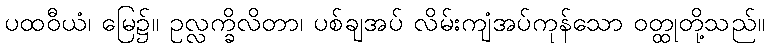
ပထဝီယံ၊ မြေ၌။ ဥလ္လက္ခိလိတာ၊ ပစ်ချအပ် လိမ်းကျံအပ်ကုန်သော ဝတ္ထုတို့သည်။